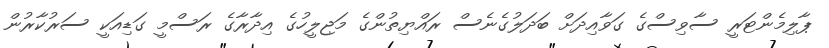
ޕާލިމެންޓަރީ ސާވިސްގެ ގަވާއިދަށް ބަދަލުގެނެސް ރައްޔިތުންގެ މަޖިލީހުގެ އިދާރާގެ ރަސްމީ ގަޑިއަކީ ސަރުކާރުން